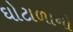
ઘોટાળાનો